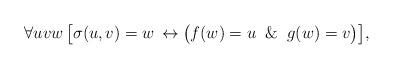
LaTeX: \begin{align*}\forall uvw \,\bigl[{\sigma(u,v) = w}\, \leftrightarrow \bigl(f(w) =u \And g(w) = v\bigr)\bigr],\end{align*}